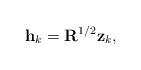
LaTeX: \begin{align*}{\bf h}_k={\bf R}^{1/2}{\bf z}_k,\end{align*}